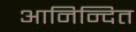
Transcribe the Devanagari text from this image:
आनिन्दित